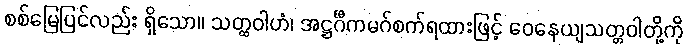
စစ်မြေပြင်လည်း ရှိသော။ သတ္ထဝါဟံ၊ အဋ္ဌင်္ဂီကမဂ်စက်ရထားဖြင့် ဝေနေယျသတ္တဝါတို့ကို